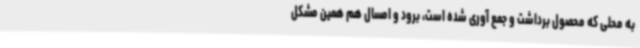
به محلی که محصول برداشت و جمع آوری شده است، برود و امسال هم همین مشکل